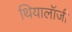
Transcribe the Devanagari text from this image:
थियालॉजी